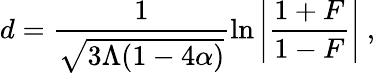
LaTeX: d=\frac{1}{\sqrt{3\Lambda(1-4\alpha)}}\ln{\left|\frac{1+F}{1-F}\right|}~,